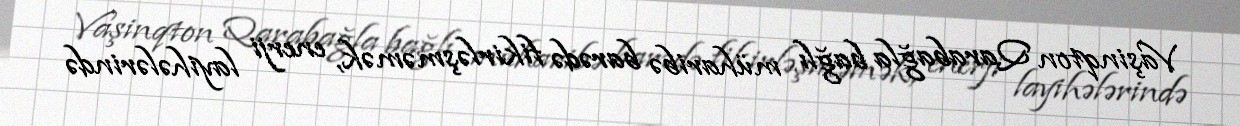
Vaşinqton Qarabağla bağlı müharibə barədə fikirləşməmək, enerji layihələrində